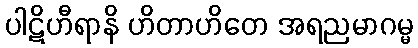
ပါဋိဟီရာနိ ဟိတာဟိတေ အရညမာဂမ္မ